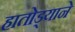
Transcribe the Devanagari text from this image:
हातोड्याने